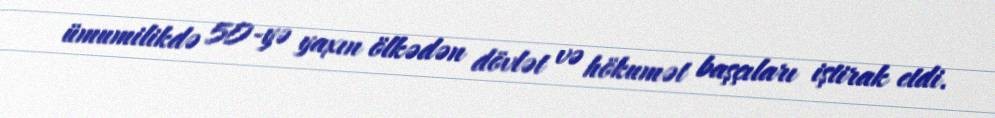
ümumilikdə 50-yə yaxın ölkədən dövlət və hökumət başçıları iştirak etdi.